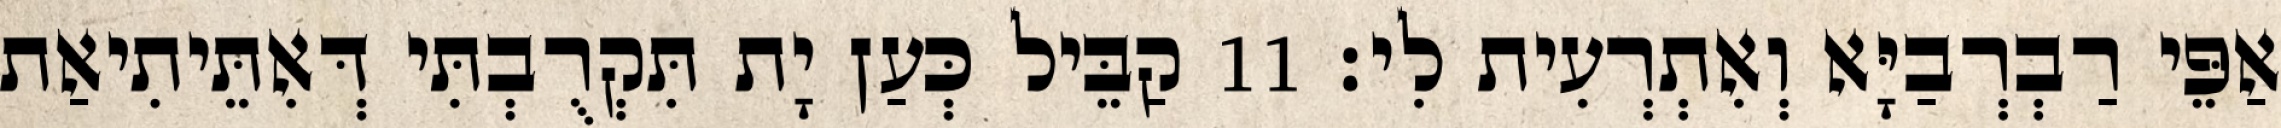
אַפֵּי רַבְרְבַיָּא וְאִתְרְעִית לִי׃ 11 קַבֵּיל כְּעַן יָת תִּקְרֻבְתִּי דְּאִתֵּיתִיאַת